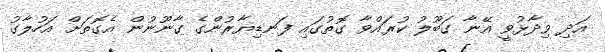
އަދި ވިދާޅުވީ އޭނާ ގަބޫލު ކުރައްވާ ގޮތުގައި ފަނޑިޔާރުންގެ ގާނޫނުން އެގޮތަށް އަހުލާގު